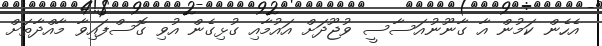
އެހެން ކަމުން އާ ގާނޫނުއަސާސީ ވުޖޫދަށް އައުމާއި ގުޅިގެން އުވި ގޮސްފައިވާ މާއްދާތަށް